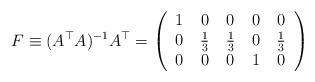
LaTeX: \begin{align*}F \equiv (A^\top A)^{-1} A^\top =\left(\begin{tabular}{ccccc}1 & 0 & 0 & 0 &0 \\0 & $\frac{1}{3}$ & $\frac{1}{3}$ & 0 &$\frac{1}{3}$\\0 & 0 & 0 & 1 &0 \\\end{tabular}\right)\end{align*}